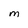
Character: M